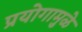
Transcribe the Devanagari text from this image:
प्रयोगामुळे